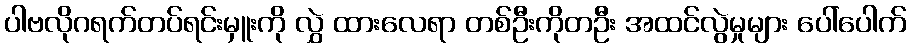
ပါဗလိုဂရက်တပ်ရင်းမှူးကို လွှဲ ထားလေရာ တစ်ဦးကိုတဦး အထင်လွဲမှုများ ပေါ်ပေါက်